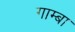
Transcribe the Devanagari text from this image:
गाम्बा